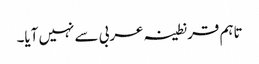
تاہم قرنطینہ عربی سے نہیں آیا۔